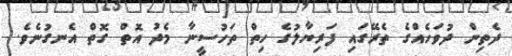
ދެތިން ދުވަހެއްގެ ތެރޭގައި ފަރިޔާލުގެ ހިތް ތަހުސީނާ މެދު އޮތް ގޮތް އެނގުނެވެ.